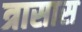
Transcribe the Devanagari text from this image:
त्रासास